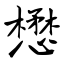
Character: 懋